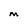
Character: M